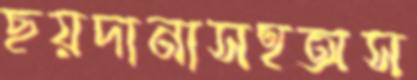
ছয়দানাসহঅস